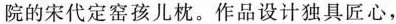
院的宋代定窑孩儿枕。作品设计独具匠心，